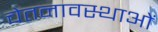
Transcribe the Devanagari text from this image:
चेतनावस्थाओं